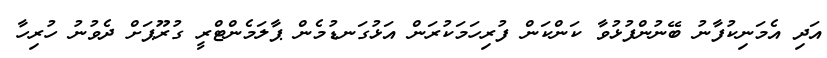
އަދި އެމަނިކުފާނު ބޭނުންފުޅުވާ ކަންކަން ފުރިހަމަކުރަން އަޅުގަނޑުމެން ޕާލަމެންޓްރީ ގުރޫޕަށް ދެވުނު ހުރިހާ